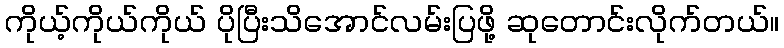
ကိုယ့်ကိုယ်ကိုယ် ပိုပြီးသိအောင်လမ်းပြဖို့ ဆုတောင်းလိုက်တယ်။